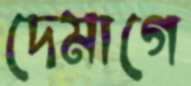
দেমাগে